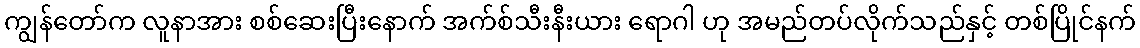
ကျွန်တော်က လူနာအား စစ်ဆေးပြီးနောက် အက်စ်သီးနီးယား ရောဂါ ဟု အမည်တပ်လိုက်သည်နှင့် တစ်ပြိုင်နက်